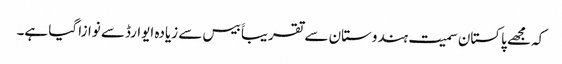
کہ مجھے پاکستان سمیت ہندوستان سے تقریباََ بیس سے زیادہ ایوارڈسے نوازا گیا ہے۔